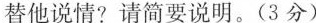
替他说情？请简要说明。(3分)